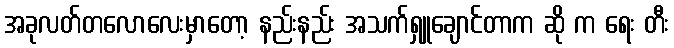
အခုလတ်တလောလေးမှာတော့ နည်းနည်း အသက်ရှူချောင်တာက ဆို က ရေး တီး